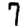
Digit: 7